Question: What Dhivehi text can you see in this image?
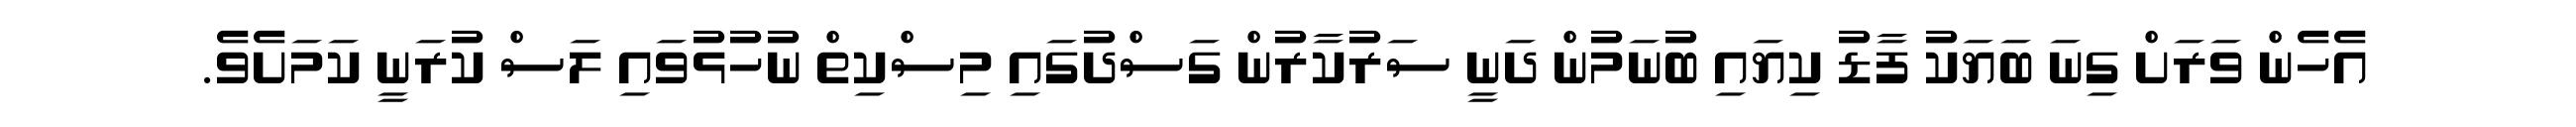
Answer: އެހެން ވަރަށް ގިނަ ބަޔަކު ފާޑު ކިޔައި ބުނަމުން ދަނީ ސަރުކާރުން ގަސްދުގައި މިސްކިތް ނުހުޅުވައި ލަސް ކުރަނީ ކަމަށެވެ.